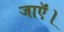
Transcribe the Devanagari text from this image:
जाऍं।